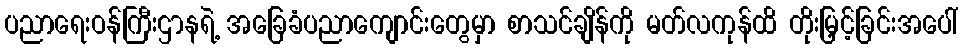
ပညာရေးဝန်ကြီးဌာနရဲ့ အခြေခံပညာကျောင်းတွေမှာ စာသင်ချိန်ကို မတ်လကုန်ထိ တိုးမြှင့်ခြင်းအပေါ်